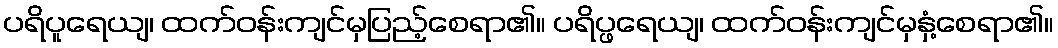
ပရိပူရေယျ၊ ထက်ဝန်းကျင်မှပြည့်စေရာ၏။ ပရိပ္ဖရေယျ၊ ထက်ဝန်းကျင်မှနှံ့စေရာ၏။